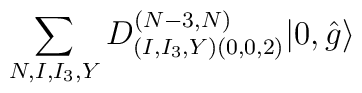
\sum_{N,I,I_3,Y}D^{(N-3,N)}_{(I,I_3,Y)(0,0,2)}|0,\hat{g}\rangle